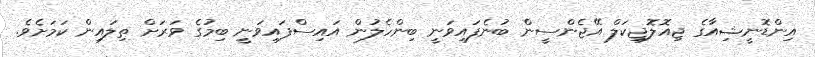
އިންޑޮނީޝިއާގެ ޖިއޮލޮޖިކަލް އޭޖެންސީން ބުނެފައިވަނީ ބިންހެލުން އައިސްފައިވަނީ ބިމުގެ ވަރަށް ތިލައިން ކަމަށެވެ.